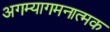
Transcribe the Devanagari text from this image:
अगम्यागमनात्मक